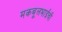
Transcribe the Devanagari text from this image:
मकबूलभाईंची